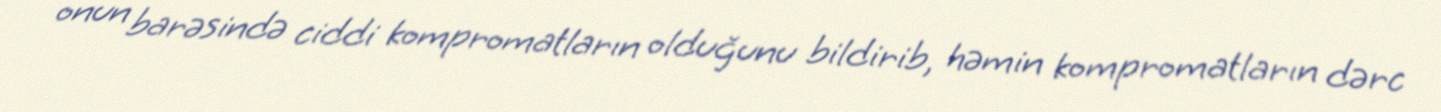
onun barəsində ciddi kompromatların olduğunu bildirib, həmin kompromatların dərc